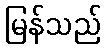
မြန်သည်